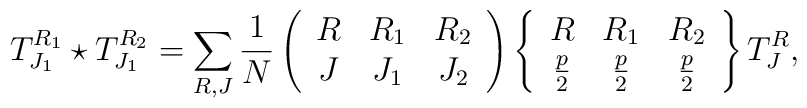
T^{R_1}_{J_1} \star T^{R_2}_{J_1} = \sum_{R, J} \frac{1}{N}\left ( \begin{array}{ccc}R & R_1 & R_2 \\J & J_1 & J_2\end{array} \right ) \left \{ \begin{array}{ccc}R & R_1 & R_2 \\\frac{p}{2} & \frac{p}{2} & \frac{p}{2}\end{array} \right \} T^R_J,